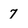
Character: 7